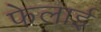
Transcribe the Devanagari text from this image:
फेलाई